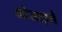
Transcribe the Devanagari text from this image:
कोजाइले